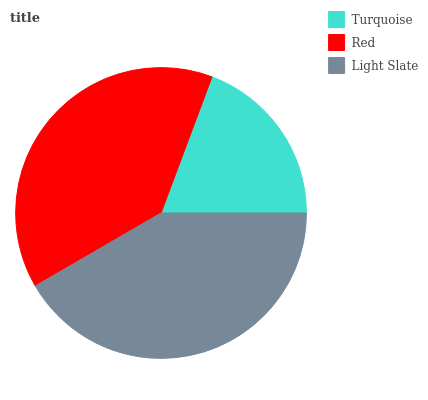
| Turquoise | Red | Light Slate |
 | --- | --- | --- |
 | 19.3% | 39% | 41.7% |